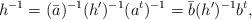
LaTeX: \begin{gather*}h^{-1}=(\bar{a})^{-1}(h')^{-1}(a^t)^{-1}=\bar{b}(h')^{-1}b^t,\end{gather*}